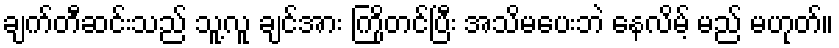
ချက်တီဆင်းသည် သူ့လူ ချင်အား ကြိုတင်ပြီး အသိမပေးဘဲ နေလိမ့် မည် မဟုတ်။